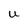
Character: U